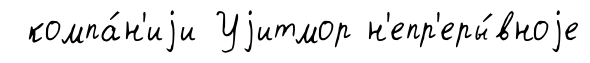
компа́н'иjи Уjитмор н'епр'еры́вноjе